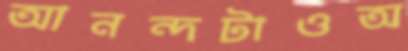
আনন্দটাওঅ